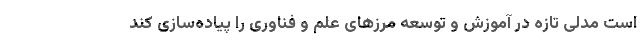
است مدلی تازه در آموزش و توسعه مرزهای علم و فناوری را پیاده‌سازی كند